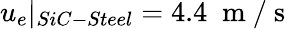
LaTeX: u_{e}|_{SiC-Steel}=4.4\; \mathrm{~m~/~s~}